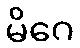
မိဂေ